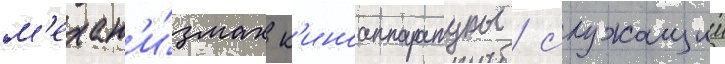
м'ехан'и́змах к'иноаппаратуры / служащии